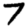
Digit: 7